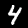
Label: 4